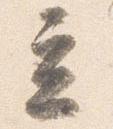
立